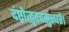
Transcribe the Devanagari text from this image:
दंष्ट्रोद्धृतवसुन्धरे।